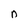
Character: n